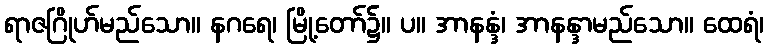
ရာဇဂြိုဟ်မည်သော။ နဂရေ၊ မြို့တော်၌။ ပ။ အာနန္ဒံ၊ အာနန္ဒာမည်သော။ ထေရံ၊